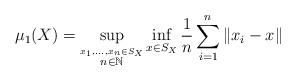
LaTeX: \begin{align*}\mu_1(X) = \sup_{\overset{x_1,\ldots,x_n \in S_X}{n \in \mathbb{N}}}\inf_{x \in S_X} \frac{1}{n} \sum_{i=1}^n \|x_i - x\|\end{align*}